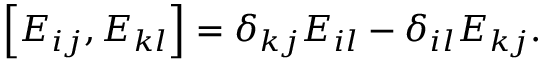
\left[ E _ { i j } , E _ { k l } \right] = \delta _ { k j } E _ { i l } - \delta _ { i l } E _ { k j } .